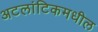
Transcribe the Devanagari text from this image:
अटलांटिकमधील